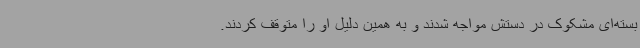
بسته‌ای مشکوک در دستش مواجه شدند و به همین دلیل او را متوقف کردند.